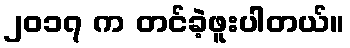
၂၀၁၇ က တင်ခဲ့ဖူးပါတယ်။